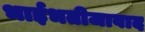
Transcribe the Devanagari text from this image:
भाईभतीजावाद